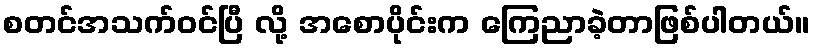
စတင်အသက်ဝင်ပြီ လို့ အစောပိုင်းက ကြေညာခဲ့တာဖြစ်ပါတယ်။